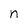
Character: n